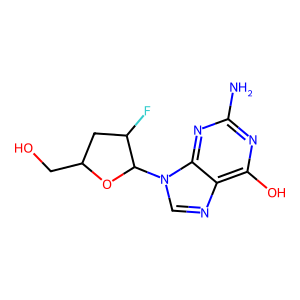
SMILES: Nc1nc(O)c2ncn(C3OC(CO)CC3F)c2n1
Inhibits HIV replication: Yes